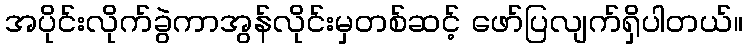
အပိုင်းလိုက်ခွဲကာအွန်လိုင်းမှတစ်ဆင့် ဖော်ပြလျက်ရှိပါတယ်။